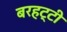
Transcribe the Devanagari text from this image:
बरहट्टी